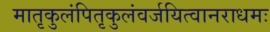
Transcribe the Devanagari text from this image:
मातृकुलंपितृकुलंवर्जयित्वानराधमः